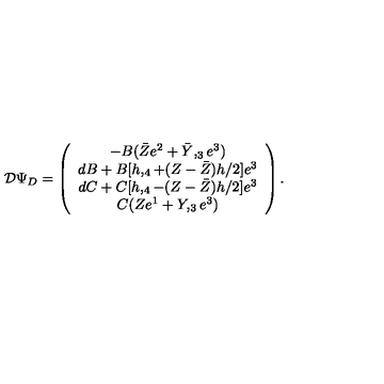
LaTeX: { \cal D } \Psi _ { D } = \left( \begin{array} { c } { - B ( \bar { Z } e ^ { 2 } + \bar { Y } , _ { 3 } e ^ { 3 } ) } \\ { d B + B [ h , _ { 4 } + ( Z - \bar { Z } ) h / 2 ] e ^ { 3 } } \\ { d C + C [ h , _ { 4 } - ( Z - \bar { Z } ) h / 2 ] e ^ { 3 } } \\ { C ( Z e ^ { 1 } + Y , _ { 3 } e ^ { 3 } ) } \\ \end{array} \right) .